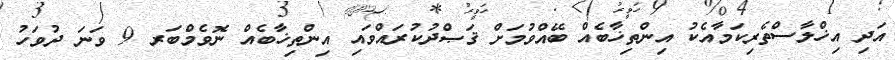
އަދި އިޚްލާސްތެރިކަމާއެކު އިންތިޚާބެއް ބޭއްވުމަށް ޤަޞްދުކުރައްވައި އިންތިޚާބެއް ނޮވެމްބަރ 9 ވަނަ ދުވަހު